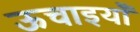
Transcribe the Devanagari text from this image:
ऊचाइयाँ